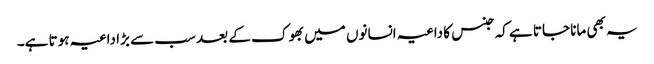
یہ بھی مانا جاتا ہے کہ جنس کا داعیہ انسانوں میں بھوک کے بعد سب سے بڑا داعیہ ہوتا ہے۔